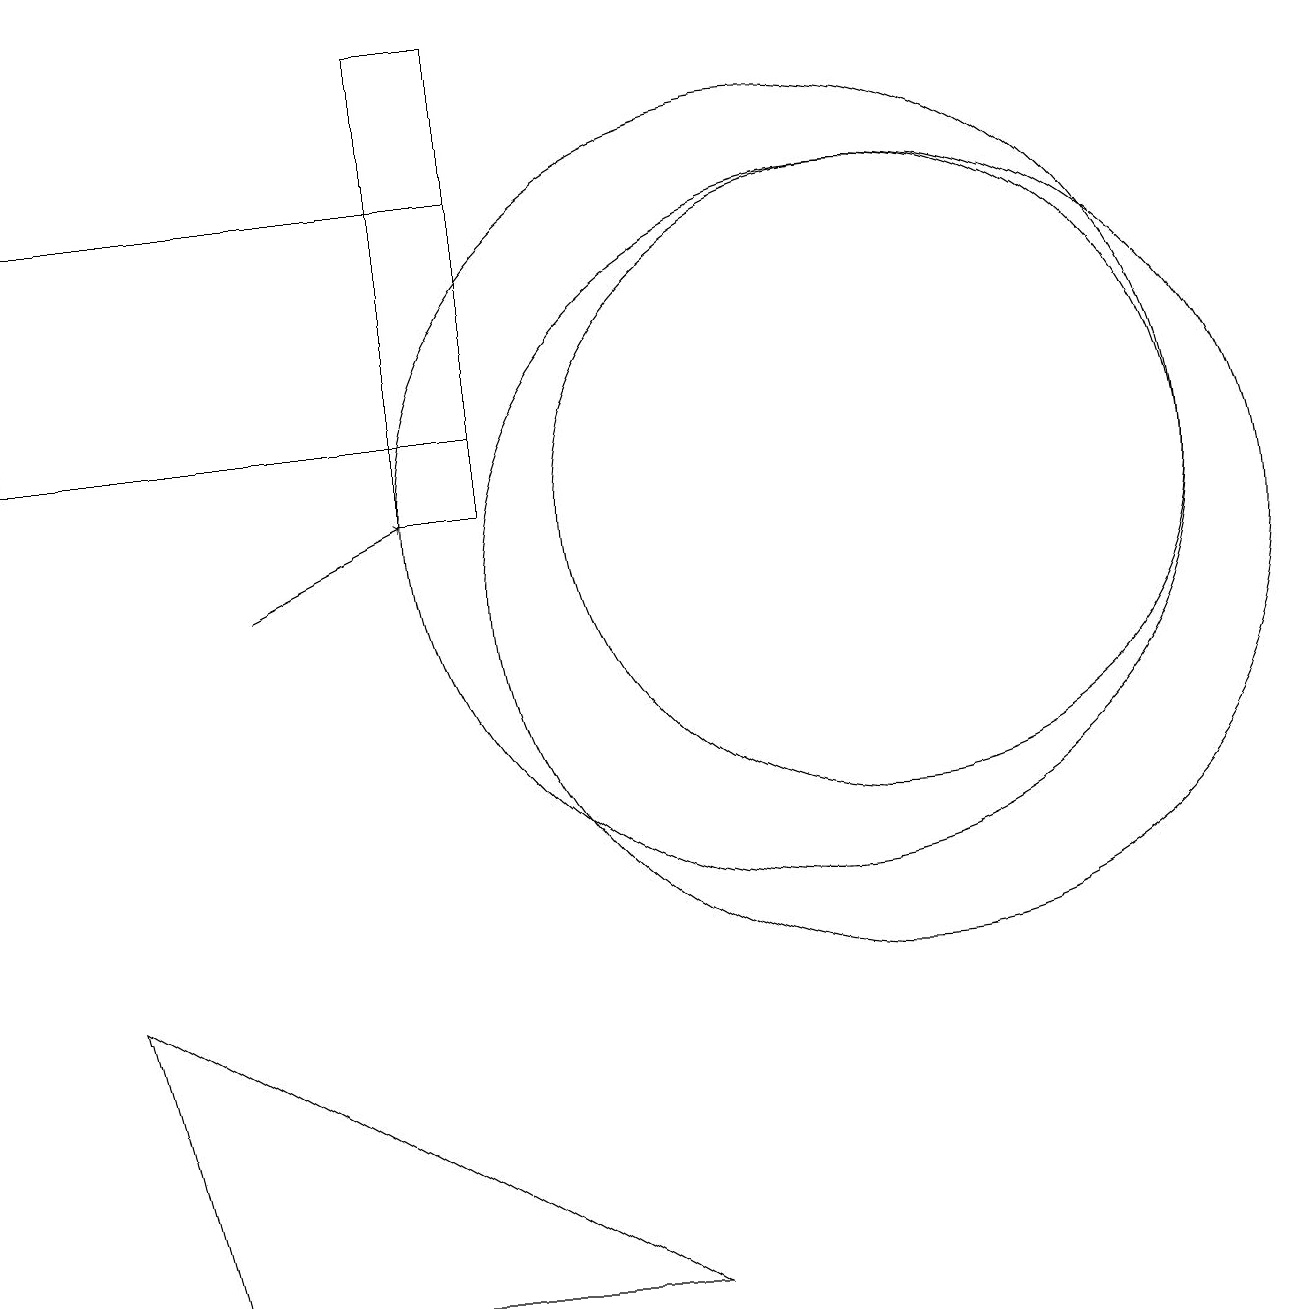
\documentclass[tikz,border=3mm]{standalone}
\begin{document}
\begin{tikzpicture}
\draw (2,1) -- (8,1) -- (1,5) -- cycle;
\draw (6,12) rectangle (0,15);
\draw (11,10) circle (5);
\draw (11,11) circle (4);
\draw[->] (3,10) -- (5,11);
\draw (5,11) rectangle (6,17);
\draw (11,10) circle (0);
\draw (10,11) circle (5);
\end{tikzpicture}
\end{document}